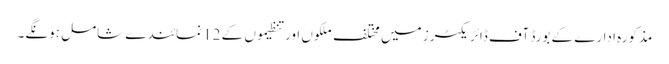
مذکورہ ادارے کے بورڈ آف ڈائریکٹرز میں مختلف ملکوں اور تنظیموں کے 12 نمائندے شامل ہونگے۔